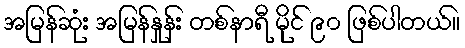
အမြန်ဆုံး အမြန်နှုန်း တစ်နာရီ မိုင် ၉၀ ဖြစ်ပါတယ်။